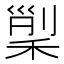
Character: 𥟸